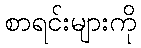
စာရင်းများကို